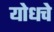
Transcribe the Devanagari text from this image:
योधचे